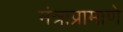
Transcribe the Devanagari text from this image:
मंत्राप्रामाणे